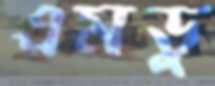
এমডু